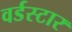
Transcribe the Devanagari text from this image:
वर्डस्‍टार